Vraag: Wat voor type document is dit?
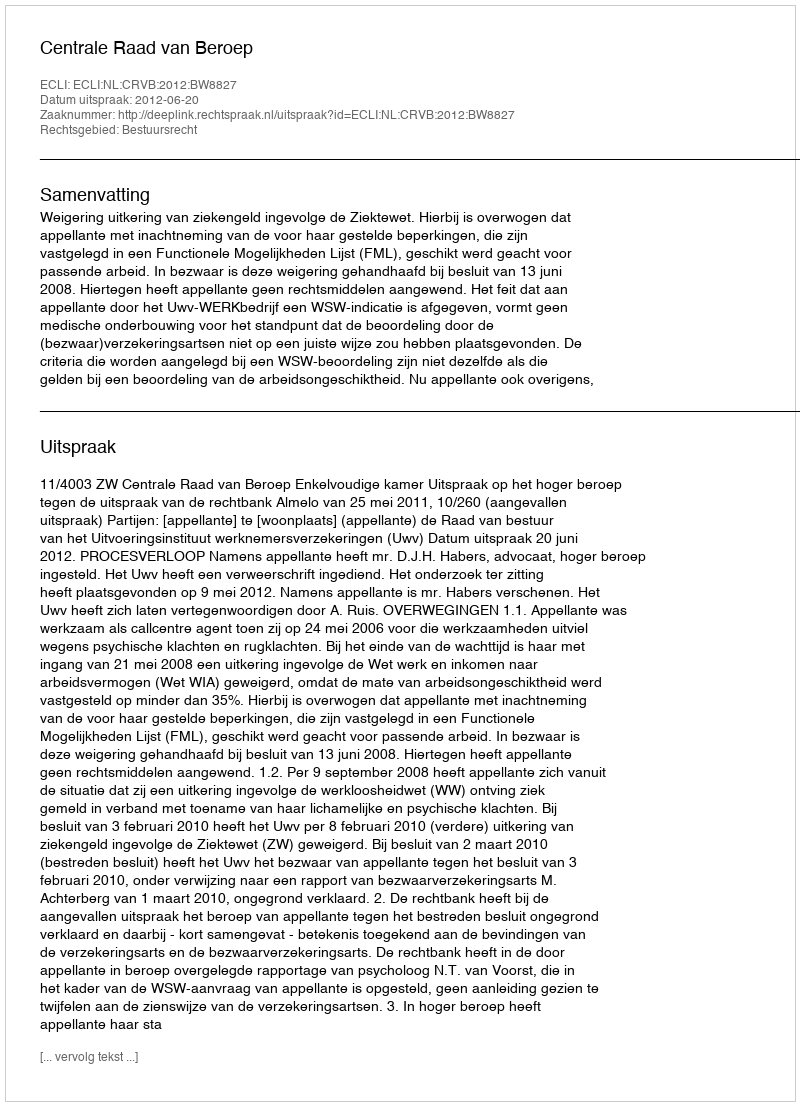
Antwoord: Uitspraak